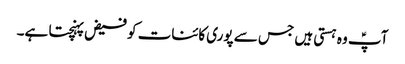
آپؑ وہ ہستی ہیں جس سے پوری کائنات کو فیض پہنچتا ہے۔